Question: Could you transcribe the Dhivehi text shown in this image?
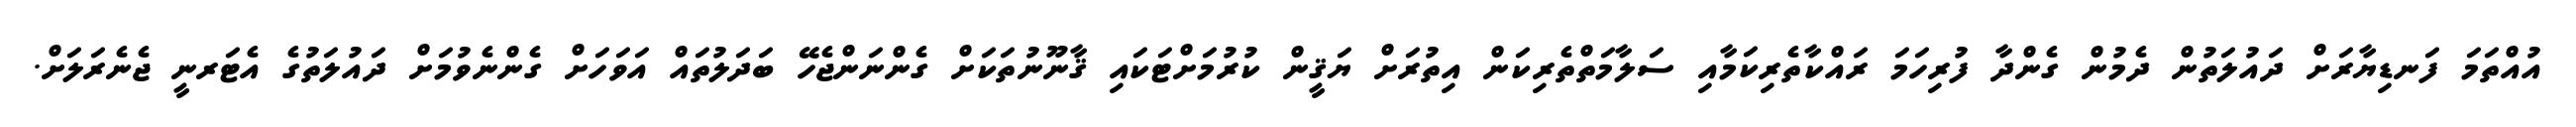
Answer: އުއްތަމަ ފަނޑިޔާރަށް ދައުލަތުން ދެމުން ގެންދާ ފުރިހަމަ ރައްކާތެރިކަމާއި ސަލާމަތްތެރިކަން އިތުރަށް ޔަޤީން ކުރުމަށްޓަކައި ޤާނޫނުތަކަށް ގެންނަންޖެހޭ ބަދަލުތައް އަވަހަށް ގެންނެވުމަށް ދައުލަތުގެ އެޓަރނީ ޖެނެރަލަށް.